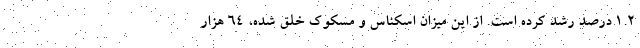
۱.۲ درصد رشد کرده است. از این میزان اسکناس و مسکوک خلق شده، ۶۴ هزار